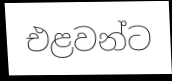
එළවන්ට